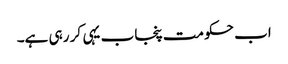
اب حکومت پنجاب یہی کر رہی ہے۔